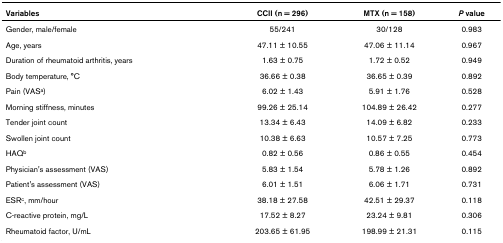
| Variables | CCII (n = 296) | MTX (n = 158) | P value |
 | --- | --- | --- | --- |
 | Gender, male/female | 55/241 | 30/128 | 0.983 |
 | Age, years | 47.11 ± 10.55 | 47.06 ± 11.14 | 0.967 |
 | Duration of rheumatoid arthritis, years | 1.63 ± 0.75 | 1.72 ± 0.52 | 0.949 |
 | Body temperature, °C | 36.66 ± 0.38 | 36.65 ± 0.39 | 0.892 |
 | Pain (VASa) | 6.02 ± 1.43 | 5.91 ± 1.76 | 0.528 |
 | Morning stiffness, minutes | 99.26 ± 25.14 | 104.89 ± 26.42 | 0.277 |
 | Tender joint count | 13.34 ± 6.43 | 14.09 ± 6.82 | 0.233 |
 | Swollen joint count | 10.38 ± 6.63 | 10.57 ± 7.25 | 0.773 |
 | HAQb | 0.82 ± 0.56 | 0.86 ± 0.55 | 0.454 |
 | Physician's assessment (VAS) | 5.83 ± 1.54 | 5.78 ± 1.26 | 0.892 |
 | Patient's assessment (VAS) | 6.01 ± 1.51 | 6.06 ± 1.71 | 0.731 |
 | ESRc, mm/hour | 38.18 ± 27.58 | 42.51 ± 29.37 | 0.118 |
 | C-reactive protein, mg/L | 17.52 ± 8.27 | 23.24 ± 9.81 | 0.306 |
 | Rheumatoid factor, U/mL | 203.65 ± 61.95 | 198.99 ± 21.31 | 0.115 |